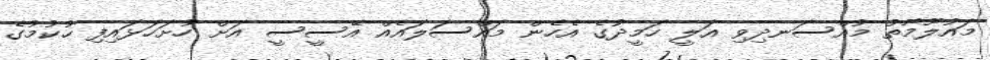
މައުލޫމާތު މުއްސަނދިވި އަލީ ހަމީދުގެ އެހެން މައްސަލައެއް އޭސީސީ އަށް ހުށަހަޅައިފި ހުކުމުގެ